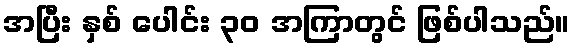
အပြီး နှစ် ပေါင်း ၃၀ အကြာတွင် ဖြစ်ပါသည်။